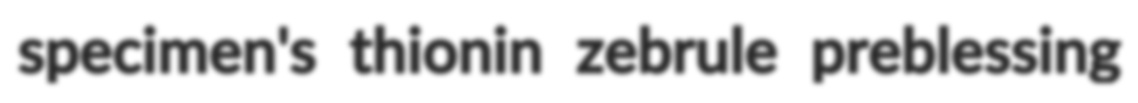
specimen's thionin zebrule preblessing